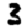
Digit: 3